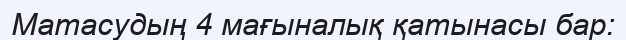
Матасудың 4 мағыналық қатынасы бар: